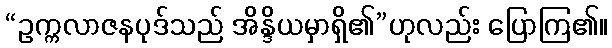
“ဥက္ကလာဇနပုဒ်သည် အိန္ဒိယမှာရှိ၏”ဟုလည်း ပြောကြ၏။